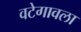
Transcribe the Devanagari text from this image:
वटेगावला